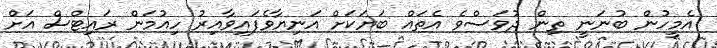
އެމީހުން ބުނަނީ ތިން ދުވަސްވެ އެތައް ބަޔަކަށް އަނިޔާވެފައިވާއިރު ހިއުމަން ރައިޓްސް އަށް